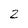
Character: 2